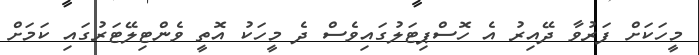
މީހަކަށް ފަރުވާ ދޭއިރު އެ ހޮސްޕިޓަލުގައިވެސް ދެ މީހަކު އޮތީ ވެންޓިލޭޓަރުގައި ކަމަށް